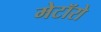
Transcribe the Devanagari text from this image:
मेटॉरो